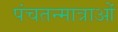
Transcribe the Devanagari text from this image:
पंचतन्मात्राओं